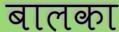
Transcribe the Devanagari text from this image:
बालका